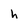
Character: h